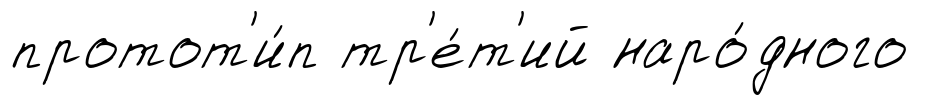
протот'и́п тр'е́т'ий наро́дного